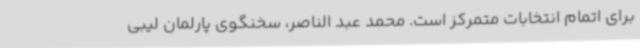
برای اتمام انتخابات متمرکز است. محمد عبد الناصر، سخنگوی پارلمان لیبی